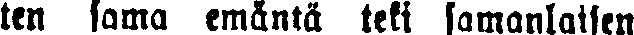
ten sama emäntä teki samanlaisen